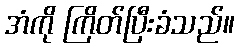
အံကို ကြိတ်ပြီးခံသည်။